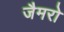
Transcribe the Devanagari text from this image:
जैमरो